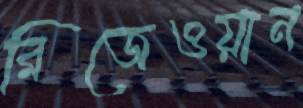
রিজেওয়ান